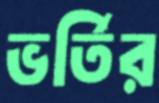
ভর্তির